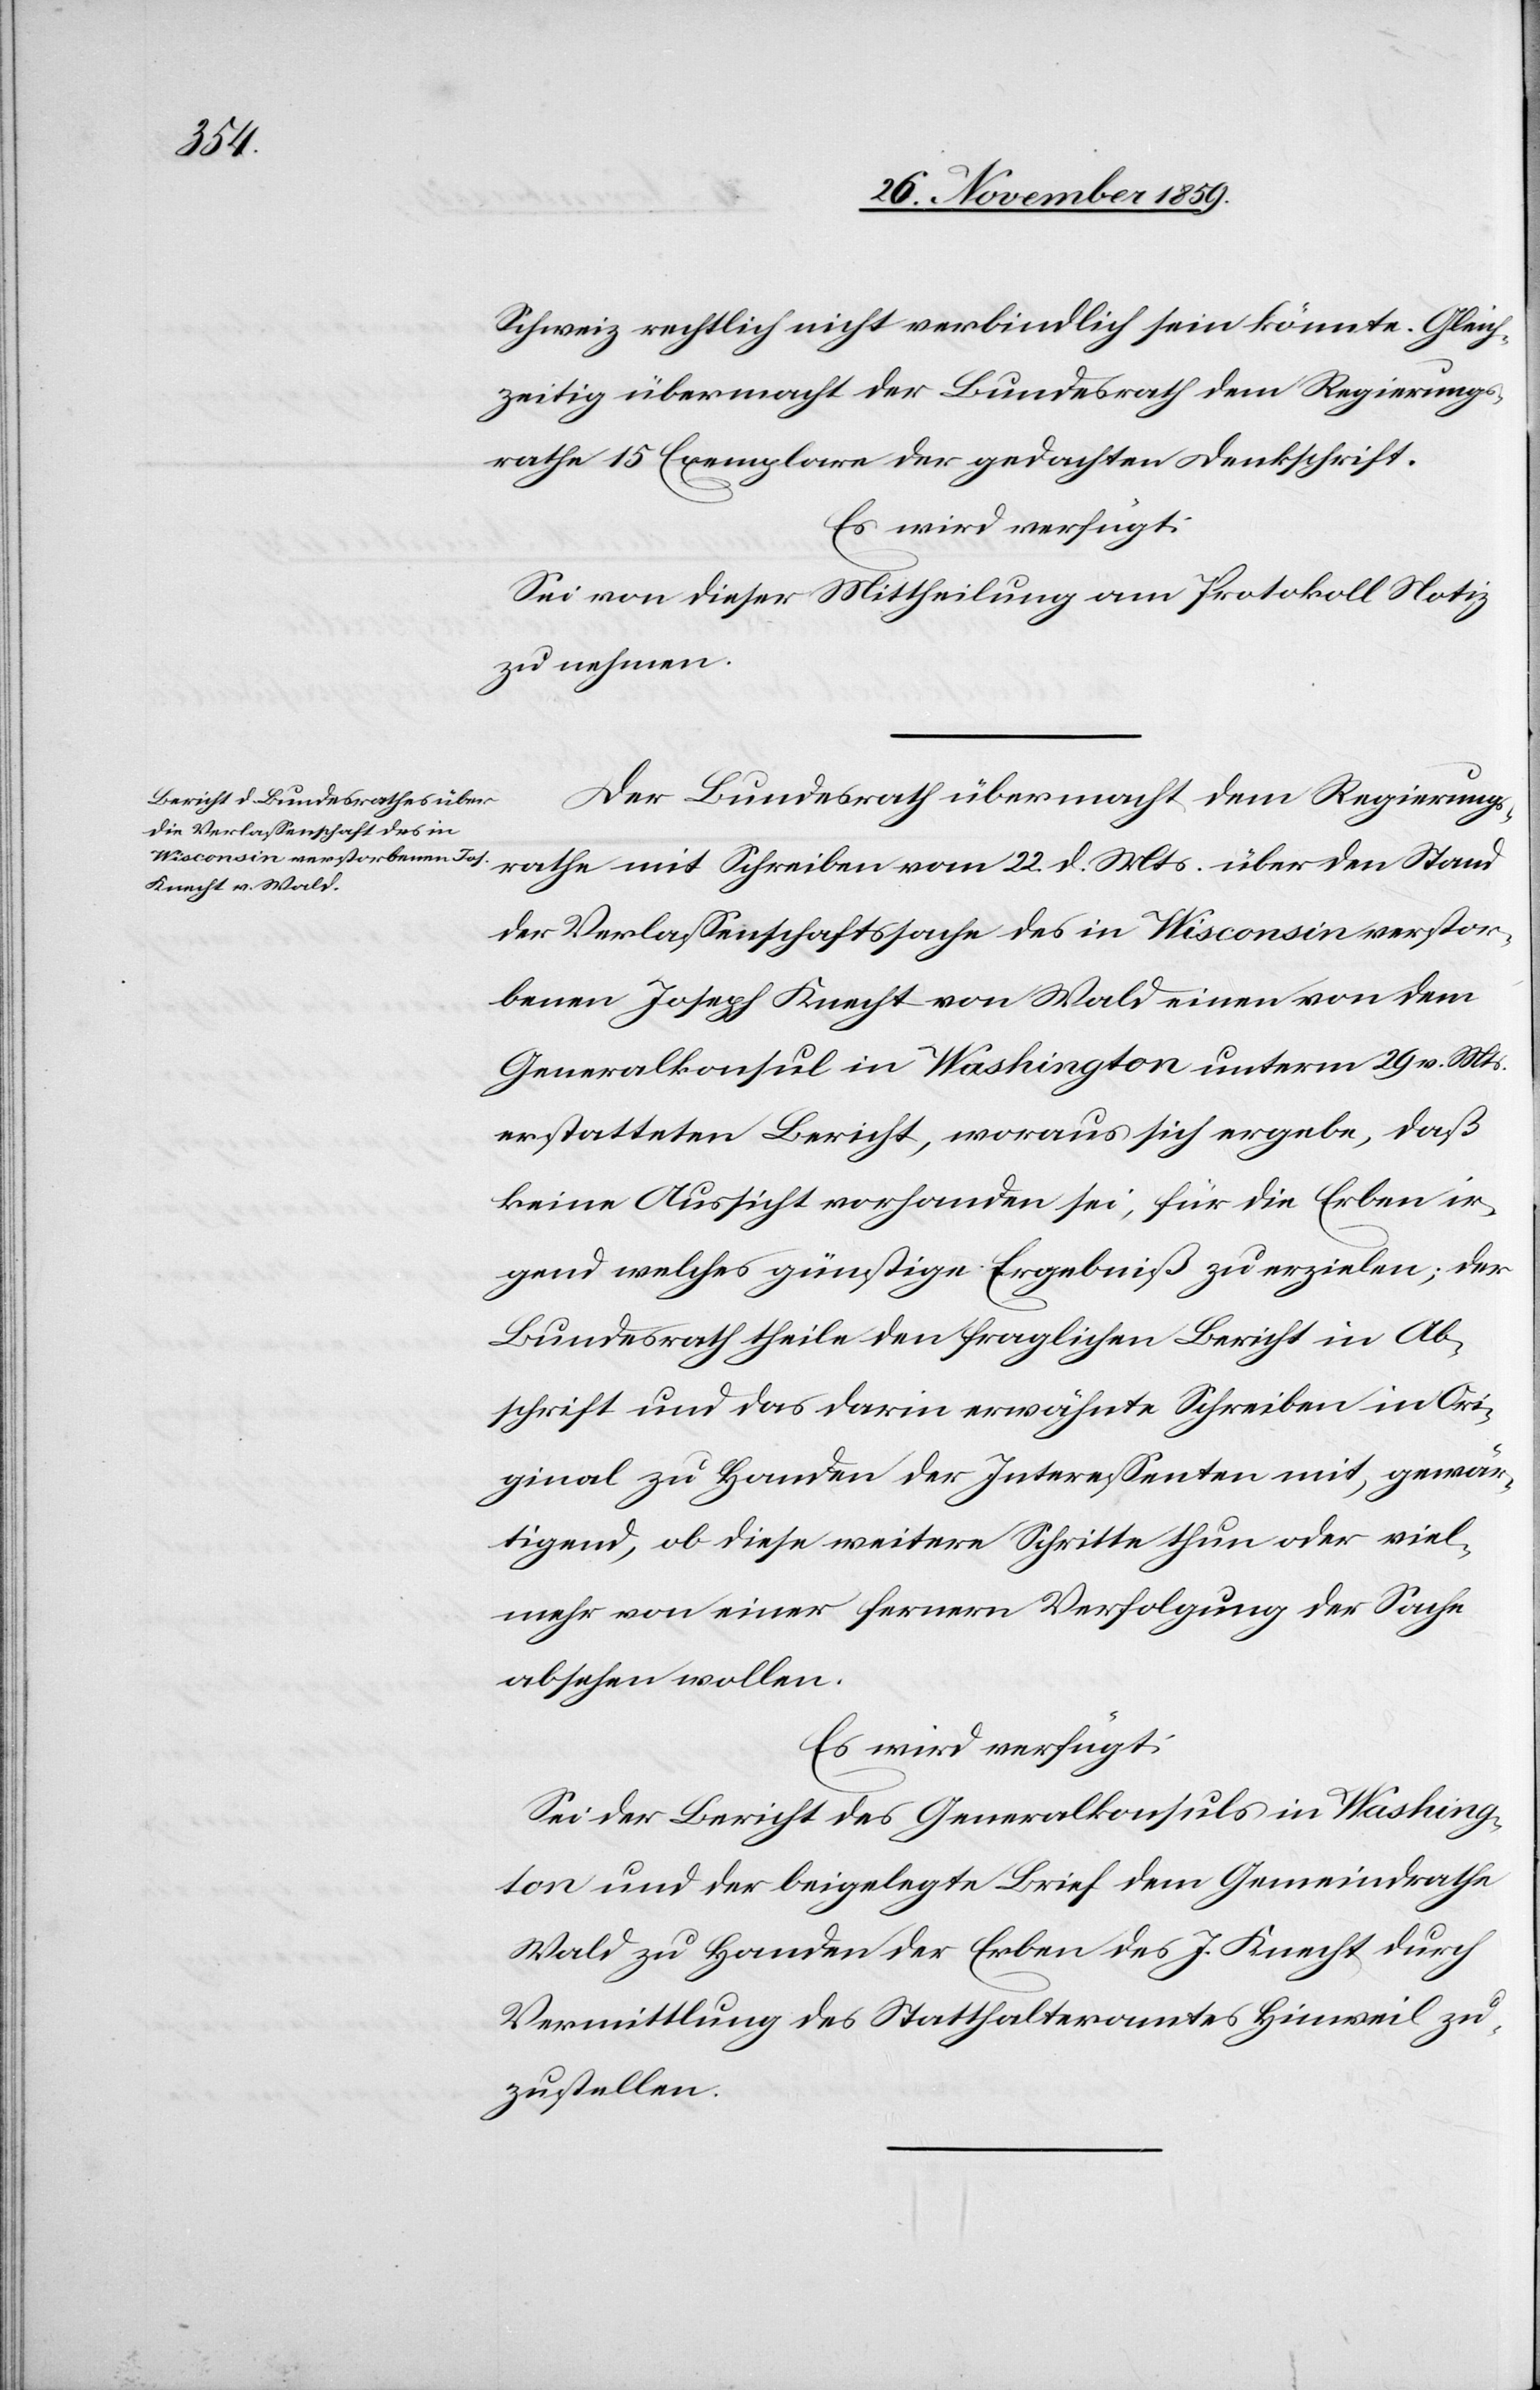
Schweiz rechtlich nicht verbindlich sein könnte. Gleich¬
zeitig übermacht der Bundesrath dem Regierungs¬
rathe 15 Exemplare der gedachten Denkschrift.
Es wird verfügt:
Sei von dieser Mittheilung am Protokoll Notiz
zu nehmen.
Der Bundesrath übermacht dem Regierungs¬
rathe mit Schreiben vom 22. d. Mts. über den Stand
der Verlassenschaftssache des in Wisconsin verstor¬
benen Joseph Knecht von Wald einen von dem
Generalkonsul in Washington unterm 29. v. Mts.
erstatteten Bericht, woraus sich ergebe, daß
keine Aussicht vorhanden sei, für die Erben ir¬
gend welches günstige Ergebniß zu erzielen; der
Bundesrath theile den fraglichen Bericht in Ab¬
schrift und das darin erwähnte Schreiben in Ori¬
ginal zu Handen der Interessenten mit, gewär¬
tigend, ob diese weitere Schritte thun oder viel¬
mehr von einer fernern Verfolgung der Sache
absehen wollen.
Es wird verfügt:
Sei der Bericht des Generalkonsuls in Washing¬
ton und der beigelegte Brief dem Gemeindrathe
Wald zu Handen der Erben des J. Knecht durch
Vermittlung des Statthalteramtes Hinweil zu¬
zustellen.